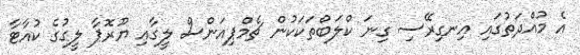
އެ މުއްދަތުގައި އިނގިރޭސި ގިނަ ކްލަބްތަކަކުން ޗެމްޕިއަންސް ލީގާއި ޔޫރޮޕާ ލީގުގެ ކުއާޓާ